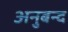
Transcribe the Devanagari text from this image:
अनुबन्द